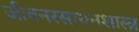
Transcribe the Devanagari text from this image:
जीवनरसायनशास्त्र